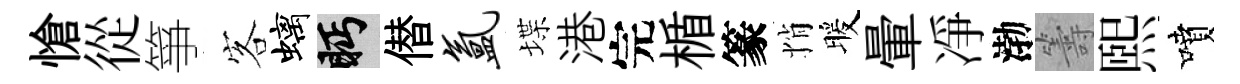
愴從箏客螭眄僣氲堞港完楯篆悄暖暈凈渤籌煕噴